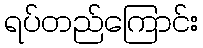
ရပ်တည်ကြောင်း